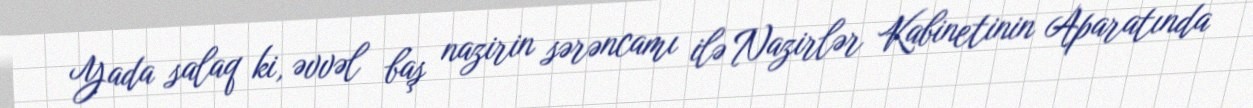
Yada salaq ki, əvvəl baş nazirin sərəncamı ilə Nazirlər Kabinetinin Aparatında